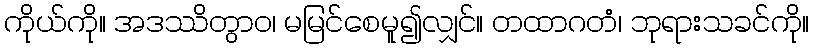
ကိုယ်ကို။ အဒဿိတွာဝ၊ မမြင်စေမူ၍လျှင်။ တထာဂတံ၊ ဘုရားသခင်ကို။